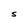
Character: S